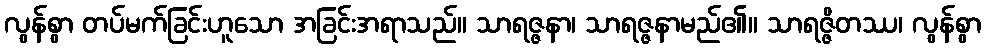
လွန်စွာ တပ်မက်ခြင်းဟူသော အခြင်းအရာသည်။ သာရဇ္ဇနာ၊ သာရဇ္ဇနာမည်၏။ သာရဇ္ဇိတဿ၊ လွန်စွာ